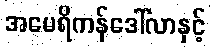
အမေရိကန်ဒေါ်လာနှင့်